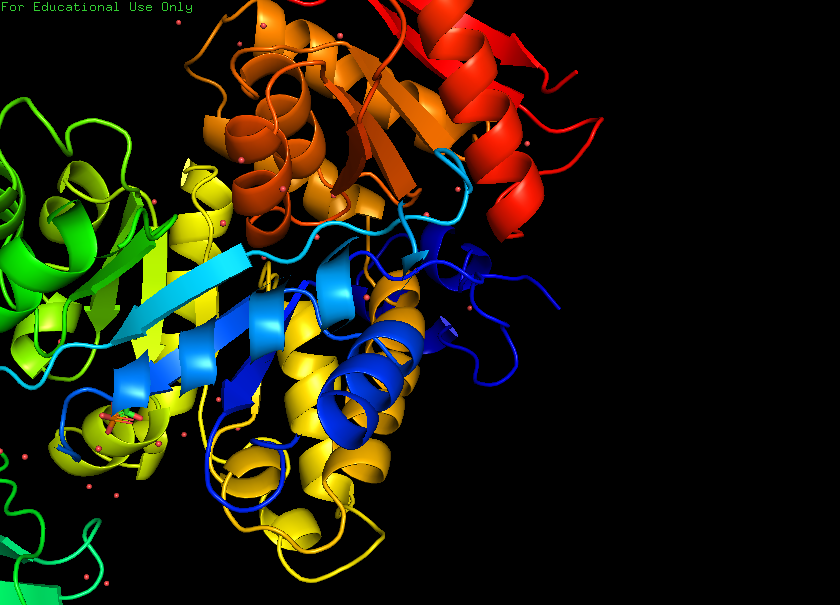
pymol, preset, pretty_solv